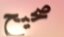
صحيح